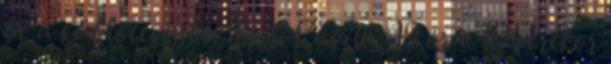
be a küldöttségbe. Tóth László: 19 óra 10 perckor